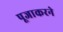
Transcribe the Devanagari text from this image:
पूजाकरने